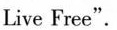
Live Free".